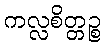
ကလ္လစိတ္တဉ္စ